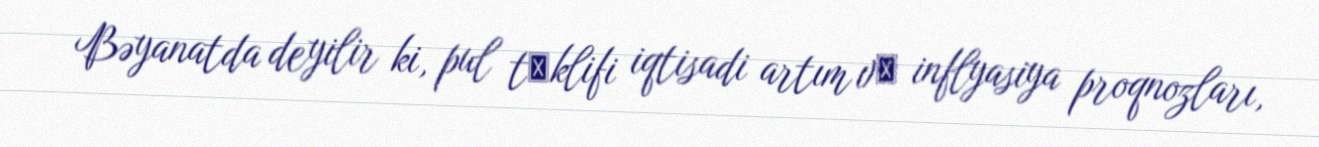
Bəyanatda deyilir ki, pul tәklifi iqtisadi artım vә inflyasiya proqnozları,